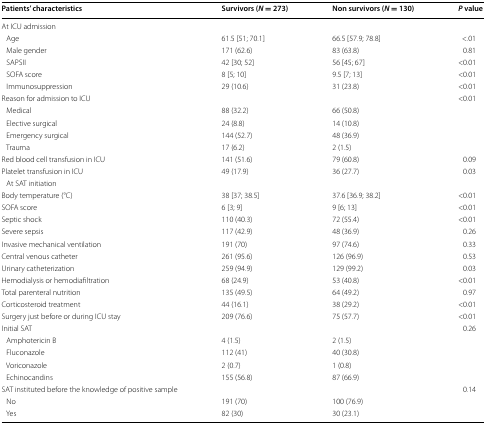
<table><thead><tr><td><b>Patients’ characteristics</b></td><td><b>Survivors (<i>N</i> = 273)</b></td><td><b>Non survivors (<i>N</i> = 130)</b></td><td><b><i>P</i> value</b></td></tr></thead><tbody><tr><td>At ICU admission</td><td></td><td></td><td></td></tr><tr><td> Age</td><td>61.5 [51; 70.1]</td><td>66.5 [57.9; 78.8]</td><td>&lt;.01</td></tr><tr><td> Male gender</td><td>171 (62.6)</td><td>83 (63.8)</td><td>0.81</td></tr><tr><td> SAPSII</td><td>42 [30; 52]</td><td>56 [45; 67]</td><td>&lt;0.01</td></tr><tr><td> SOFA score</td><td>8 [5; 10]</td><td>9.5 [7; 13]</td><td>&lt;0.01</td></tr><tr><td> Immunosuppression</td><td>29 (10.6)</td><td>31 (23.8)</td><td>&lt;0.01</td></tr><tr><td>Reason for admission to ICU</td><td></td><td></td><td>&lt;0.01</td></tr><tr><td> Medical</td><td>88 (32.2)</td><td>66 (50.8)</td><td></td></tr><tr><td> Elective surgical</td><td>24 (8.8)</td><td>14 (10.8)</td><td></td></tr><tr><td> Emergency surgical</td><td>144 (52.7)</td><td>48 (36.9)</td><td></td></tr><tr><td> Trauma</td><td>17 (6.2)</td><td>2 (1.5)</td><td></td></tr><tr><td>Red blood cell transfusion in ICU</td><td>141 (51.6)</td><td>79 (60.8)</td><td>0.09</td></tr><tr><td>Platelet transfusion in ICU</td><td>49 (17.9)</td><td>36 (27.7)</td><td>0.03</td></tr><tr><td> At SAT initiation</td><td></td><td></td><td></td></tr><tr><td>Body temperature (°C)</td><td>38 [37; 38.5]</td><td>37.6 [36.9; 38.2]</td><td>&lt;0.01</td></tr><tr><td>SOFA score</td><td>6 [3; 9]</td><td>9 [6; 13]</td><td>&lt;0.01</td></tr><tr><td>Septic shock</td><td>110 (40.3)</td><td>72 (55.4)</td><td>&lt;0.01</td></tr><tr><td>Severe sepsis</td><td>117 (42.9)</td><td>48 (36.9)</td><td>0.26</td></tr><tr><td>Invasive mechanical ventilation</td><td>191 (70)</td><td>97 (74.6)</td><td>0.33</td></tr><tr><td>Central venous catheter</td><td>261 (95.6)</td><td>126 (96.9)</td><td>0.53</td></tr><tr><td>Urinary catheterization</td><td>259 (94.9)</td><td>129 (99.2)</td><td>0.03</td></tr><tr><td>Hemodialysis or hemodiafiltration</td><td>68 (24.9)</td><td>53 (40.8)</td><td>&lt;0.01</td></tr><tr><td>Total parenteral nutrition</td><td>135 (49.5)</td><td>64 (49.2)</td><td>0.97</td></tr><tr><td>Corticosteroid treatment</td><td>44 (16.1)</td><td>38 (29.2)</td><td>&lt;0.01</td></tr><tr><td>Surgery just before or during ICU stay</td><td>209 (76.6)</td><td>75 (57.7)</td><td>&lt;0.01</td></tr><tr><td>Initial SAT</td><td></td><td></td><td>0.26</td></tr><tr><td> Amphotericin B</td><td>4 (1.5)</td><td>2 (1.5)</td><td></td></tr><tr><td> Fluconazole</td><td>112 (41)</td><td>40 (30.8)</td><td></td></tr><tr><td> Voriconazole</td><td>2 (0.7)</td><td>1 (0.8)</td><td></td></tr><tr><td> Echinocandins</td><td>155 (56.8)</td><td>87 (66.9)</td><td></td></tr><tr><td>SAT instituted before the knowledge of positive sample</td><td></td><td></td><td>0.14</td></tr><tr><td> No</td><td>191 (70)</td><td>100 (76.9)</td><td></td></tr><tr><td> Yes</td><td>82 (30)</td><td>30 (23.1)</td><td></td></tr></tbody></table>